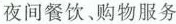
夜间餐饮、购物服务